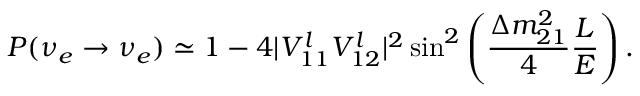
P ( \nu _ { e } \rightarrow \nu _ { e } ) \simeq 1 - 4 | V _ { 1 1 } ^ { l } V _ { 1 2 } ^ { l } | ^ { 2 } \sin ^ { 2 } \left( \frac { \Delta m _ { 2 1 } ^ { 2 } } { 4 } \frac { L } { E } \right) .